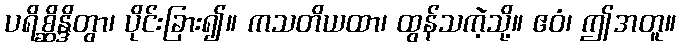
ပရိစ္ဆိန္ဒိတွာ၊ ပိုင်းခြား၍။ ကသတိယထာ၊ ထွန်သကဲ့သို့။ ဧဝံ၊ ဤအတူ။